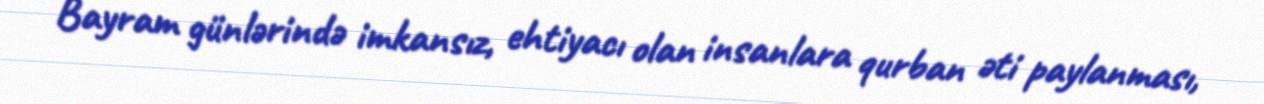
Bayram günlərində imkansız, ehtiyacı olan insanlara qurban əti paylanması,